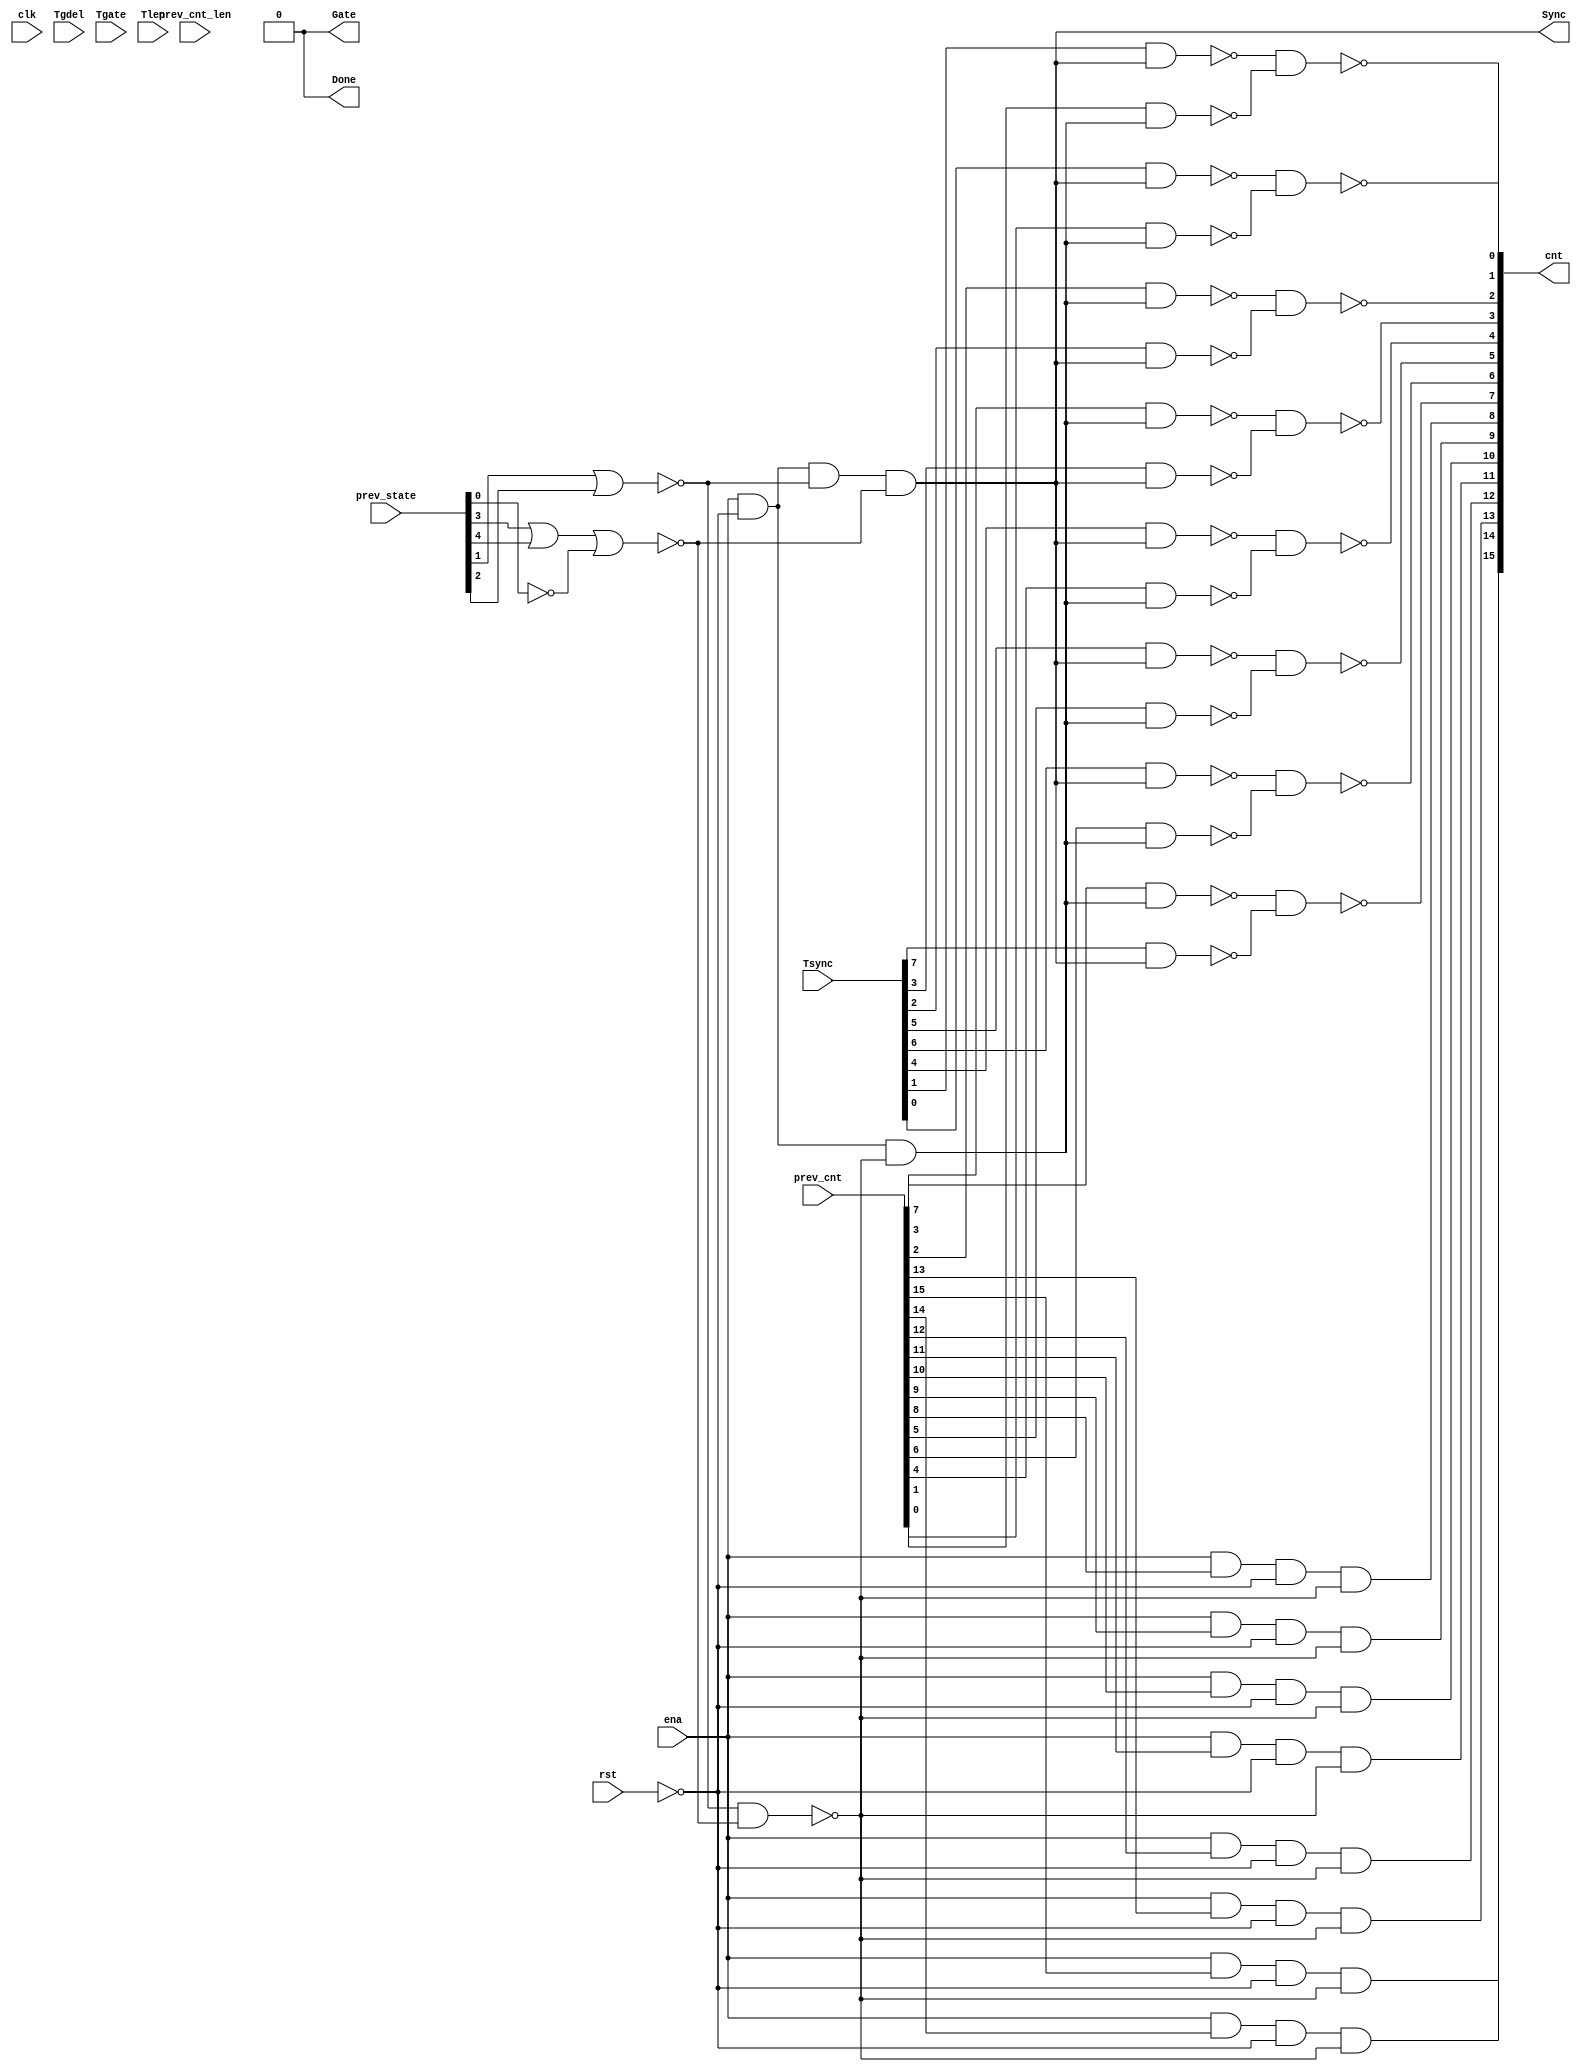

// Generated by Cadence Genus(TM) Synthesis Solution 19.20-d227_1
// Generated on: Aug  3 2021 02:58:51 PDT (Aug  3 2021 09:58:51 UTC)

// Verification Directory fv/top 

module top(clk, ena, rst, Tsync, Tgdel, Tgate, Tlen, Sync, Gate, Done,
     prev_state, prev_cnt, prev_cnt_len, cnt);
  input clk, ena, rst;
  input [7:0] Tsync, Tgdel;
  input [15:0] Tgate, Tlen, prev_cnt, prev_cnt_len;
  input [4:0] prev_state;
  output Sync, Gate, Done;
  output [15:0] cnt;
  wire clk, ena, rst;
  wire [7:0] Tsync, Tgdel;
  wire [15:0] Tgate, Tlen, prev_cnt, prev_cnt_len;
  wire [4:0] prev_state;
  wire Sync, Gate, Done;
  wire [15:0] cnt;
  wire n_0, n_1, n_2, n_3, n_5, n_6, n_7, n_8;
  wire n_9, n_11, n_13, n_15, n_16, n_17, n_18, n_19;
  wire n_21, n_22, n_27, n_28, n_30, n_32, n_33, n_36;
  wire n_231, n_232, n_233, n_234, n_337, n_338, n_458, n_459;
  wire n_562, n_563;
  assign Done = 1'b0;
  assign Gate = 1'b0;
  nand g1757 (n_36, n_30, n_6);
  nand g1759 (n_33, n_22, n_3);
  nand g1760 (n_32, n_27, n_5);
  nand g1766 (n_30, prev_cnt[7], n_28);
  nand g1775 (n_27, prev_cnt[3], n_28);
  nand g1784 (n_22, prev_cnt[2], n_28);
  and g1772 (n_21, ena, prev_cnt[13], n_16, n_17);
  and g1769 (n_18, ena, prev_cnt[15], n_16, n_17);
  and g1763 (n_15, ena, prev_cnt[14], n_16, n_17);
  and g1774 (n_13, ena, prev_cnt[12], n_16, n_17);
  and g1780 (n_11, ena, prev_cnt[11], n_16, n_17);
  and g1777 (n_9, ena, prev_cnt[10], n_16, n_17);
  and g1782 (n_8, ena, prev_cnt[9], n_16, n_17);
  and g1786 (n_7, ena, prev_cnt[8], n_16, n_17);
  nand g1770 (n_6, Tsync[7], n_19);
  nand g1783 (n_5, Tsync[3], n_19);
  nand g1785 (n_3, Tsync[2], n_19);
  and g1787 (n_28, ena, n_16, n_17);
  and g1788 (n_19, ena, n_16, n_1, n_2);
  nand g1789 (n_17, n_1, n_2);
  nor g1790 (n_2, prev_state[3], prev_state[4], n_0);
  nor g1791 (n_1, prev_state[1], prev_state[2]);
  not g1792 (n_16, rst);
  not g1793 (n_0, prev_state[0]);
  assign Sync = n_19;
  assign cnt[11] = n_11;
  assign cnt[13] = n_21;
  assign cnt[12] = n_13;
  assign cnt[8] = n_7;
  assign cnt[14] = n_15;
  assign cnt[9] = n_8;
  assign cnt[15] = n_18;
  assign cnt[10] = n_9;
  assign cnt[7] = n_36;
  assign cnt[5] = n_232;
  assign cnt[0] = n_563;
  assign cnt[2] = n_33;
  assign cnt[1] = n_459;
  assign cnt[4] = n_338;
  assign cnt[6] = n_234;
  assign cnt[3] = n_32;
  not g3 (n_232, n_231);
  wire w, w0;
  and g2 (n_231, w, w0);
  nand g0 (w0, prev_cnt[5], n_28);
  nand g (w, Tsync[5], n_19);
  not g1951 (n_234, n_233);
  wire w1, w2;
  and g1952 (n_233, w1, w2);
  nand g4 (w2, prev_cnt[6], n_28);
  nand g1 (w1, Tsync[6], n_19);
  not g2055 (n_338, n_337);
  wire w3, w4;
  and g2056 (n_337, w3, w4);
  nand g6 (w4, prev_cnt[4], n_28);
  nand g5 (w3, Tsync[4], n_19);
  not g2159 (n_459, n_458);
  wire w5, w6;
  and g2160 (n_458, w5, w6);
  nand g8 (w6, prev_cnt[1], n_28);
  nand g7 (w5, Tsync[1], n_19);
  not g2263 (n_563, n_562);
  wire w7, w8;
  and g2264 (n_562, w7, w8);
  nand g10 (w8, prev_cnt[0], n_28);
  nand g9 (w7, Tsync[0], n_19);
endmodule